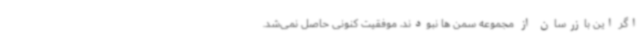
اگر این بازرسان از مجموعه سمن ها نبودند، موفقیت کنونی حاصل نمی‌شد.